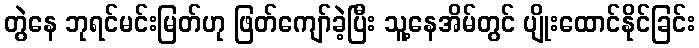
တွဲနေ ဘုရင်မင်းမြတ်ဟု ဖြတ်ကျော်ခဲ့ပြီး သူ့နေအိမ်တွင် ပျိုးထောင်နိုင်ခြင်း